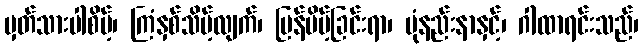
မှတ်သားပါစိမ့်၊ ကြံနှစ်သိမ့်လျက်၊ ပြန်ပိမ့်ခြင်းရာ၊ ပုံနည်းနာနှင့်၊ ဂါထာရင်းသည်၊